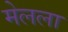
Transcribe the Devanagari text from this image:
मेलला